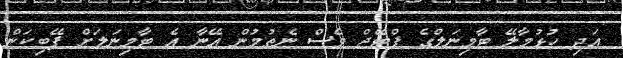
އަދި ހުޅުމާލޭ ޓާމިނަލްގެ ފްޓޭޖް ވެސް ނެތުމުން އޭނާ އެ ޓާމިނަލަށް ފޭބިކަން